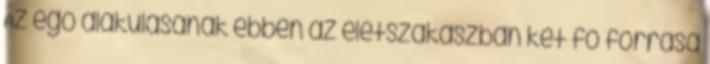
Az ego alakulásának ebben az életszakaszban két fő forrása